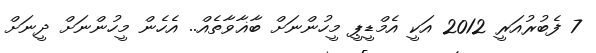
7 ފެބުރުއަރީ 2012 އަކީ އެމްޑީޕީ މީހުންނަށް ބާޣާވާތެއް.. އެހެން މީހުންނަށް ދީނަށް